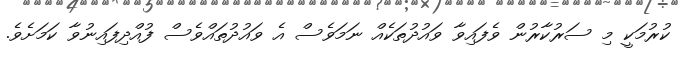
ކުރުމަކީ މި ސަރުކާރުން ވެފައިވާ ވައުދުތަކެއް ނަމަވެސް އެ ވައުދުތައްވެސް ފުއްދިފައިނުވާ ކަމަށެވެ.